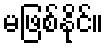
မဖြစ်နိုင်။